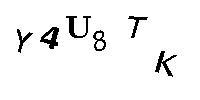
Y4U8TK